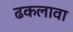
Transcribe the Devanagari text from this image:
ढकलावा